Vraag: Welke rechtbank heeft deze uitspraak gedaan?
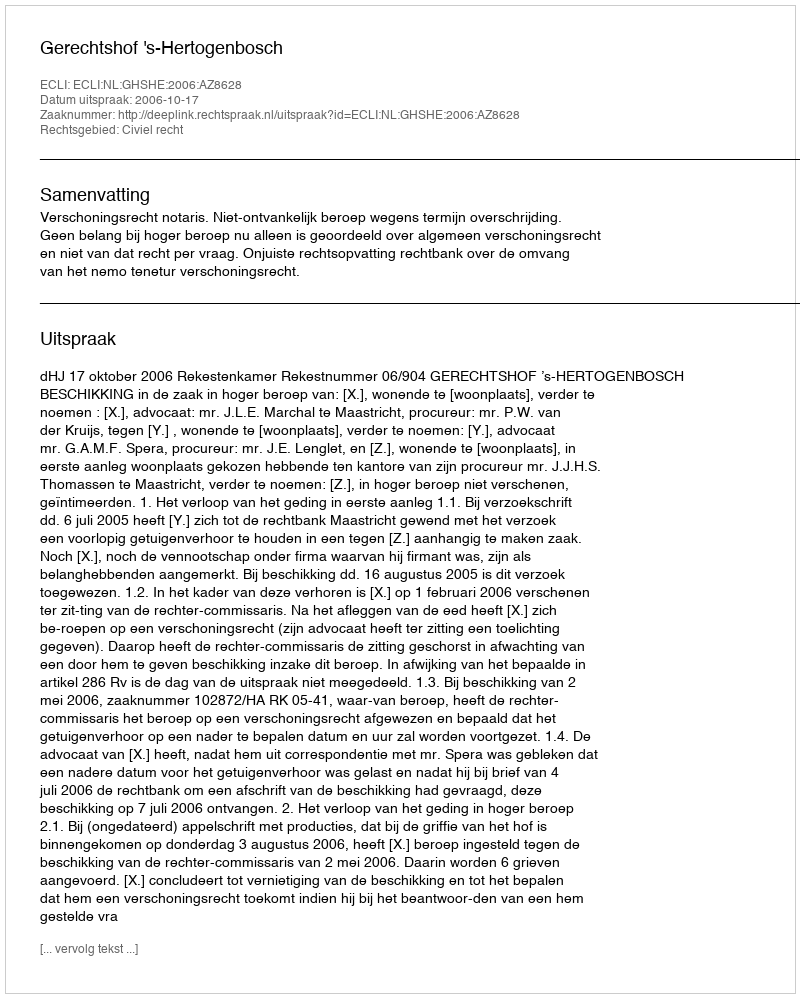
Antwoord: Gerechtshof 's-Hertogenbosch